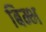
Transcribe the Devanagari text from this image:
बिम्भ